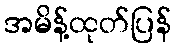
အမိန့်ထုတ်ပြန်